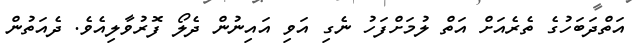
އަތްދަބަހުގެ ތެރެއަށް އަތް ލުމަށްފަހު ނެގި އަވި އައިނުން ދެލޯ ފޮރުވާލިއެވެ. ދެއަތުން